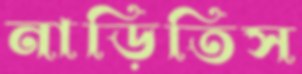
নাড়িতিস